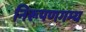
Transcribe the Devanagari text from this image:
निरूपणगम्य